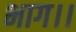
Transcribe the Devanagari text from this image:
भाग।।